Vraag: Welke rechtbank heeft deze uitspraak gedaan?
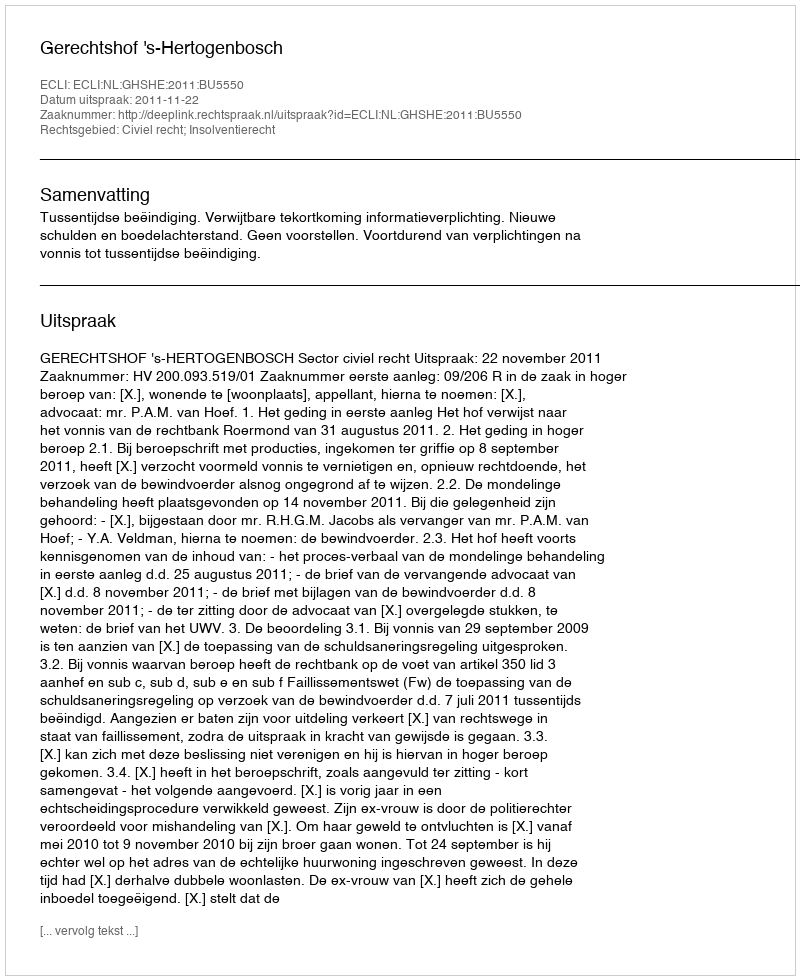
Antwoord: Gerechtshof 's-Hertogenbosch